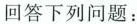
回答下列问题：